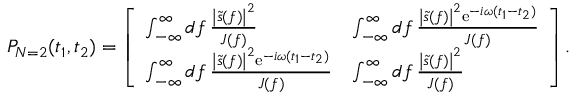
P _ { N = 2 } ( t _ { 1 } , t _ { 2 } ) = \left[ \begin{array} { l l } { \int _ { - \infty } ^ { \infty } \mathop { d f } \frac { \left| \tilde { s } ( f ) \right| ^ { 2 } } { J ( f ) } } & { \int _ { - \infty } ^ { \infty } \mathop { d f } \frac { \left| \tilde { s } ( f ) \right| ^ { 2 } \mathrm { e } ^ { - i \omega ( t _ { 1 } - t _ { 2 } ) } } { J ( f ) } } \\ { \int _ { - \infty } ^ { \infty } \mathop { d f } \frac { \left| \tilde { s } ( f ) \right| ^ { 2 } \mathrm { e } ^ { - i \omega ( t _ { 1 } - t _ { 2 } ) } } { J ( f ) } } & { \int _ { - \infty } ^ { \infty } \mathop { d f } \frac { \left| \tilde { s } ( f ) \right| ^ { 2 } } { J ( f ) } } \end{array} \right] .